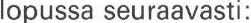
lopussa seuraavasti: